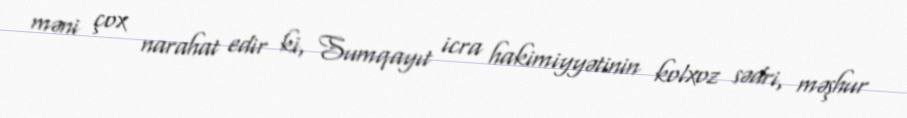
məni çox narahat edir ki, Sumqayıt icra hakimiyyətinin kolxoz sədri, məşhur